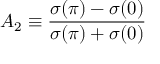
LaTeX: A _ { 2 } \equiv { \frac { \sigma ( \pi ) - \sigma ( 0 ) } { \sigma ( \pi ) + \sigma ( 0 ) } }